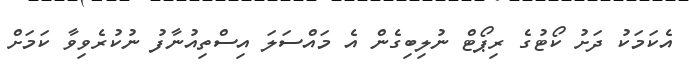
އެކަމަކު ދަށު ކޯޓުގެ ރިޕޯޓް ނުލިބިގެން އެ މައްސަލަ އިސްތިއުނާފު ނުކުރެވިވާ ކަމަށް